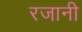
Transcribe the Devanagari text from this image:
रजानी